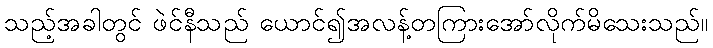
သည့်အခါတွင် ဖဲင်နီသည် ယောင်၍အလန့်တကြားအော်လိုက်မိသေးသည်။